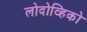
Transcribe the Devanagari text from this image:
लोदोव्हिको